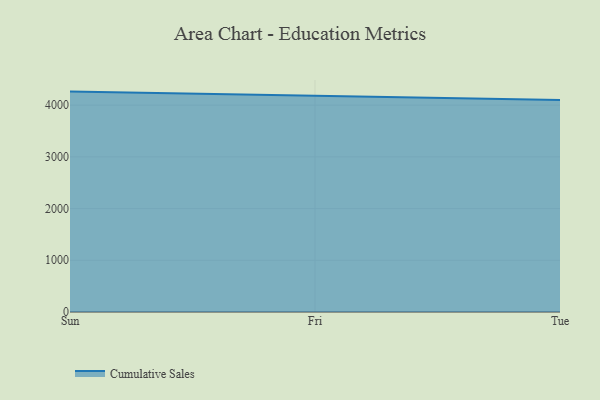
{"axis": {"x": "Day", "y": "LTV (USD)"}, "legend": ["Cumulative Sales"], "data": [{"x": "Sun", "y": 4262.0, "type": "Cumulative Sales"}, {"x": "Fri", "y": 4186.3, "type": "Cumulative Sales"}, {"x": "Tue", "y": 4099.2, "type": "Cumulative Sales"}]}